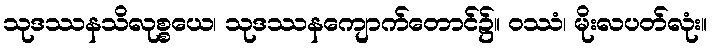
သုဒဿနသိလုစ္စယေ၊ သုဒဿနကျောက်တောင်၌။ ဝဿံ၊ မိုးလပတ်လုံး။